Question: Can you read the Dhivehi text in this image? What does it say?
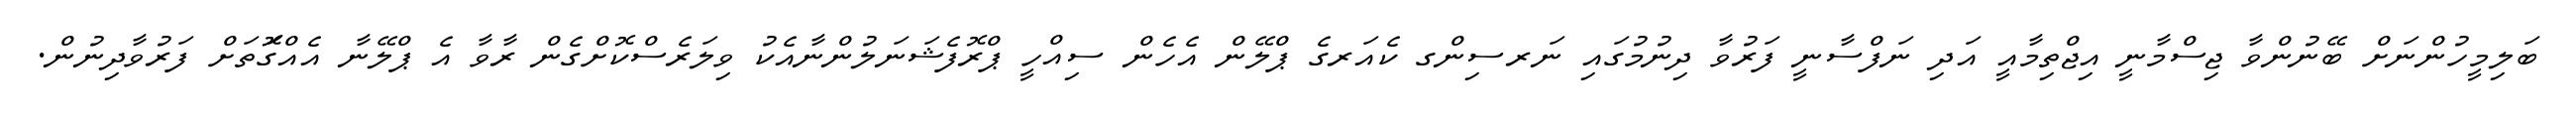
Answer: ބަލިމީހުންނަށް ބޭނުންވާ ޖިސްމާނީ އިޖްތިމާއީ އަދި ނަފްސާނީ ފަރުވާ ދިނުމުގައި ނަރސިންގ ކެއަރގެ ޕްލޭން އެހެން ސިއްހީ ޕްރޮފެޝަނަލުންނާއެކު ވިލަރެސްކޮށްގެން ރާވާ އެ ޕްލޭނާ އެއްގޮަތަށް ފަރުވާދިނުން.